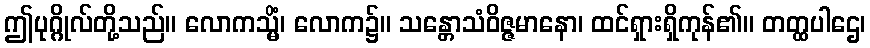
ဤပုဂ္ဂိုလ်တို့သည်။ လောကသ္မိံ၊ လောက၌။ သန္တောသံဝိဇ္ဇမာနော၊ ထင်ရှားရှိကုန်၏။ တတ္ထပါဌေ၊